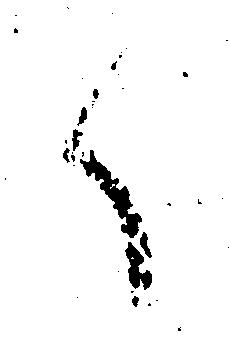
く